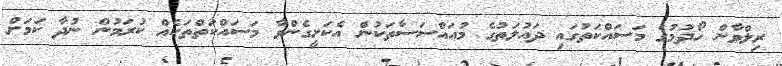
ރިލްވާން ހޯދުމުގެ މަސައްކަތުގައި ދައުލަތުގެ މުއައްސަސާތަކުން އެކަށީގެންވާ މަސައްކަތްތަކެއް ކުރަމުން ނުދާ ކަމަށް